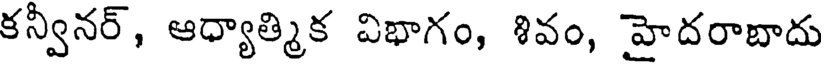
కన్వీనర్, ఆధ్యాత్మిక విభాగం, శివం, హైదరాబాదు